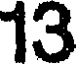
13